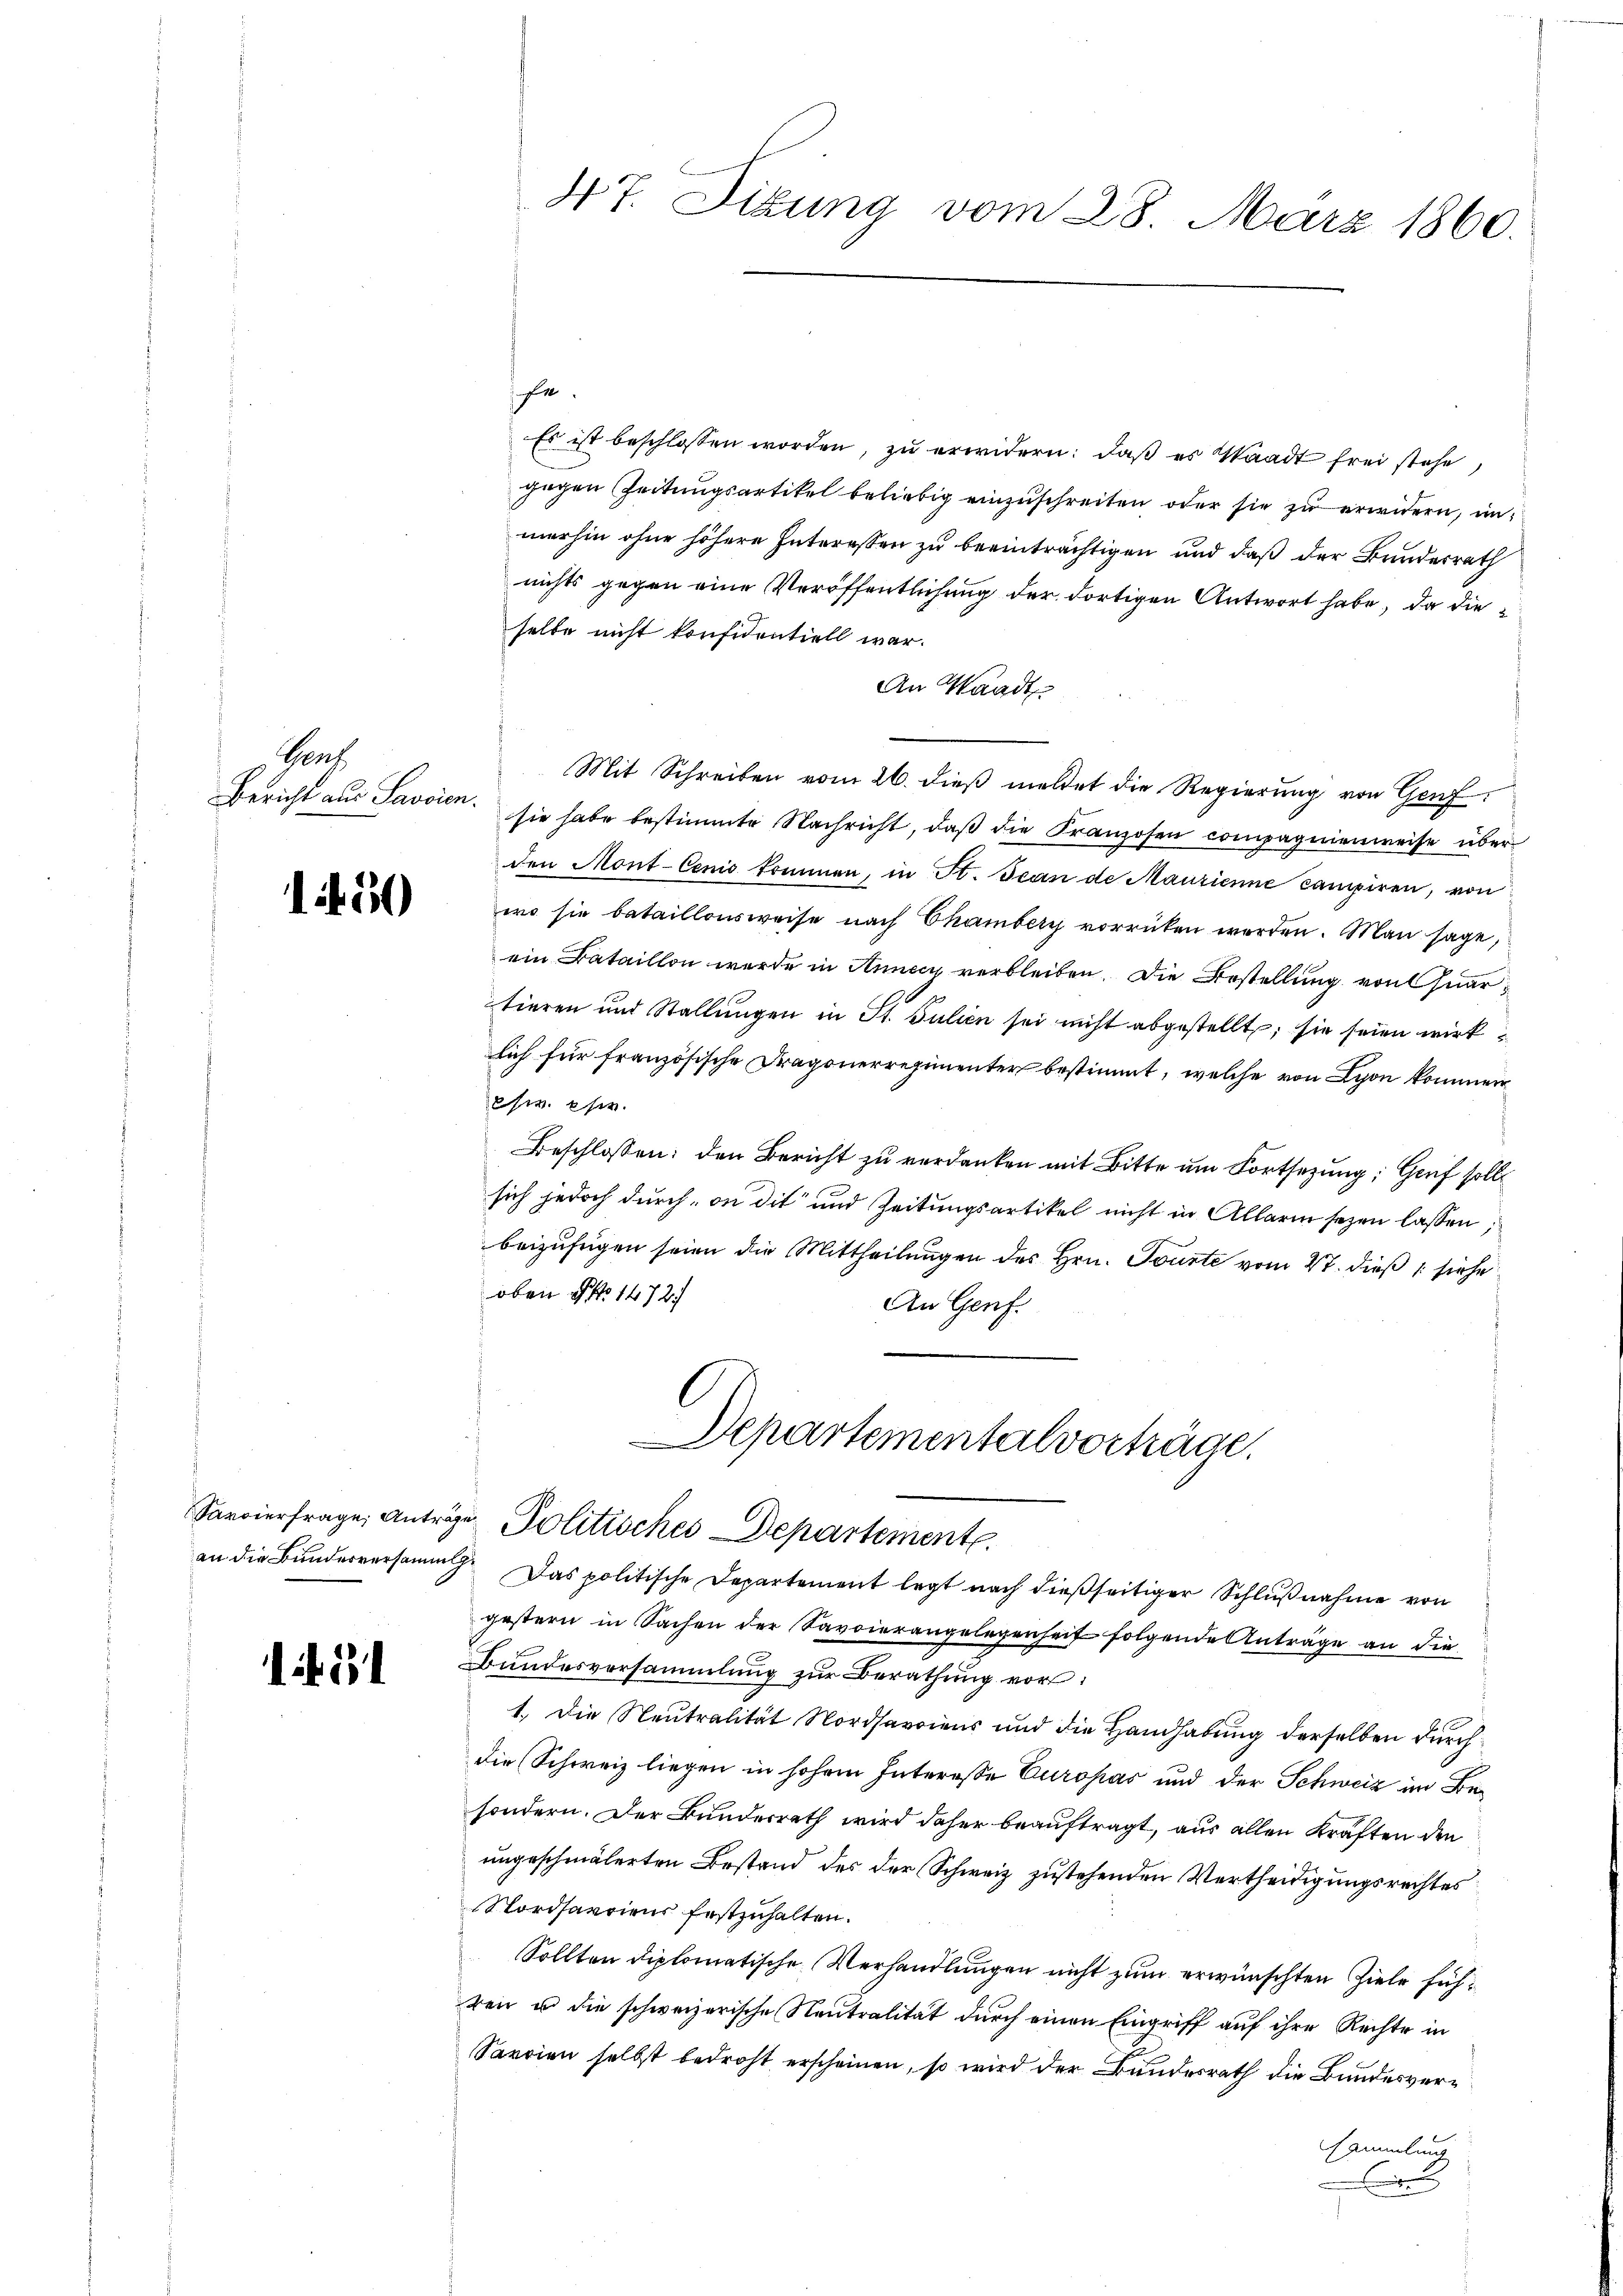
Gent
Bericht aus Savoien.

1450

if. 34

47. Sizung vom 28. März 1860.

fr.
Es ist beschlossen worden, zu erwidern: daß es Waadt frei stehe
gegen Zeitungsartikel beliebig einzuschreiten, oder sie zu erwidern, unmerhin ohne höhere Interessen zu beeinträchtigen und daß der Bundesrath
nichts gegen eine Veröffentlichung der dortigen Antwort habe, da dieselbe nicht konfidentiell war.
An Waadt
Mit Schreiben vom 26. dieß meldet die Regierung von Genf
sie habe bestimmte Nachricht, daβ die Franzosen compagnienweise über
den Mont-Cenić kommen, in St. Jean de Maurienne campiren, von
wo sie bataillonsweise nach Chambery vorrücken worden. Man sage,
ein Bataillon werde in Anneck verbleiben. Die Bestellung von Quartieren und Stallŭngen in St. Julien sei nicht abgestellt; sie seien wirklich für französische Dragonerregimenter bestimmt, welche von Lyon kommen
ew. Es
Beschlossen: den Bericht zu verdanken mit Bitte um Fortsetzung; Genf soll
sich jedoch durch in die und Zeitungsartikel nicht in Allarm sezen lassen,
beizufügen seien die Mittheilungen des Hrn. Tourte vom 27. dieß siehe
oben No 1472.
An Genf.
Departementalvorträge.
Sarvierfrage, Antrage Politisches Departement
an die Bunderversammlg. Das politische Departement legt nach dießseitiger Schlußnahme von
gestern in Sachen der Savoierangelegenheit folgende Anträge an die
Bundesversammlung zŭr Berathung vor
1. Die Neutralität Nordsavoiens und die Handhabung derselben durch
die Schweiz liegen in hohem Interesse Europas und der Schweiz im Besondern. Der Bundesrath wird daher beauftragt, aus allen Kräften den
ungeschmälerten Bestand des der Schweiz zustehenden Vertheidigungsrechtes
Nordsartiens festzuhalten.
Sollten diplomatische Verhandlungen nicht zum erwünschten Ziele führen u die schweizerische Neutralität durch einen Eingriff auf ihre Rechte in
Sarrien selbst bedroht erscheinen, so wird der Bundesrath die Bandesver¬
Sammlung
2